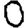
Digit: 0